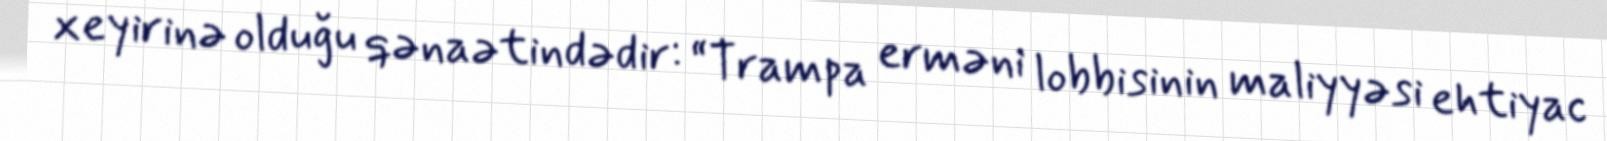
xeyirinə olduğu qənaətindədir: “Trampa erməni lobbisinin maliyyəsi ehtiyac